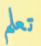
تعلم